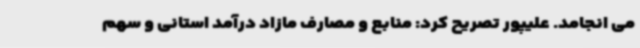
می انجامد. علیپور تصریح کرد: منابع و مصارف مازاد درآمد استانی و سهم